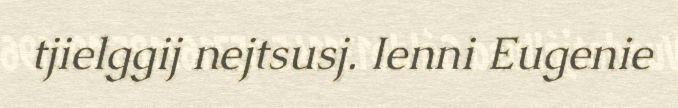
tjielggij nejtsusj. Ienni Eugenie